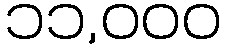
၁၁,၀၀၀